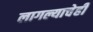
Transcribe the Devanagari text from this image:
लागल्याचेही